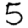
Digit: 5